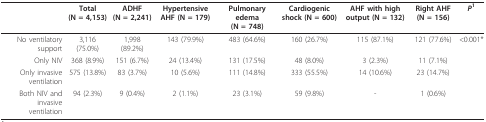
|  | Total (N = 4,153) | ADHF (N = 2,241) | Hypertensive AHF (N = 179) | Pulmonary edema (N = 748) | Cardiogenic shock (N = 600) | AHF with high output (N = 132) | Right AHF (N = 156) | P1 |
 | --- | --- | --- | --- | --- | --- | --- | --- | --- |
 | No ventilatory support | 3,116 (75.0%) | 1,998 (89.2%) | 143 (79.9%) | 483 (64.6%) | 160 (26.7%) | 115 (87.1%) | 121 (77.6%) | <0.001* |
 | Only NIV | 368 (8.9%) | 151 (6.7%) | 24 (13.4%) | 131 (17.5%) | 48 (8.0%) | 3 (2.3%) | 11 (7.1%) |  |
 | Only invasive ventilation | 575 (13.8%) | 83 (3.7%) | 10 (5.6%) | 111 (14.8%) | 333 (55.5%) | 14 (10.6%) | 23 (14.7%) |  |
 | Both NIV and invasive ventilation | 94 (2.3%) | 9 (0.4%) | 2 (1.1%) | 23 (3.1%) | 59 (9.8%) | - | 1 (0.6%) |  |